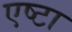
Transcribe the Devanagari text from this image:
एष्टा